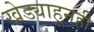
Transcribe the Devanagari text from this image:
खेड्याहूनही